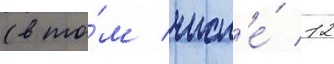
(в то́м числ'е́ 12